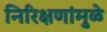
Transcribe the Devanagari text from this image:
निरिक्षणांमुळे